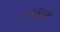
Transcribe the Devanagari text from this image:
०५९४